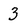
Character: 3